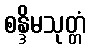
စန္ဒိမသုတ္တံ